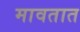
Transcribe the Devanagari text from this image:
मावतात